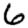
Digit: 6